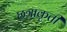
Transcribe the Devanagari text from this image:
छत्राकृती